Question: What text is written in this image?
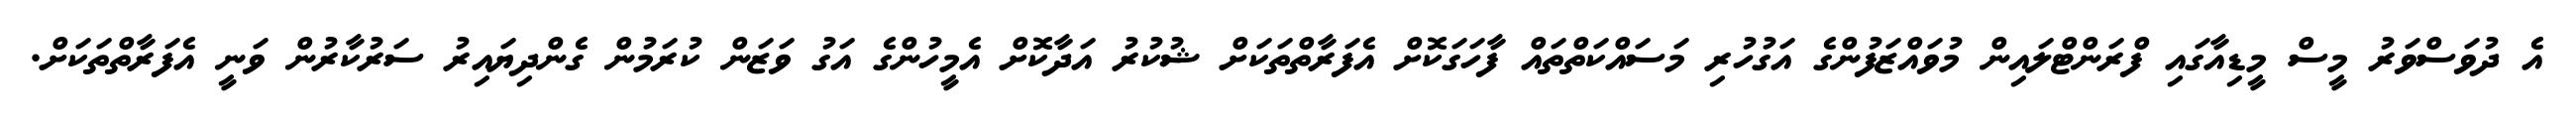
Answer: އެ ދުވަސްވަރު މީސް މީޑިއާގައި ފްރަންޓްލައިން މުވައްޒަފުންގެ އަގުހުރި މަސައްކަތްތައް ފާހަގަކޮށް އެފަރާތްތަކަށް ޝުކުރު އަދާކޮށް އެމީހުންގެ އަގު ވަޒަން ކުރަމުން ގެންދިޔައިރު ސަރުކާރުން ވަނީ އެފަރާތްތަކަށް.